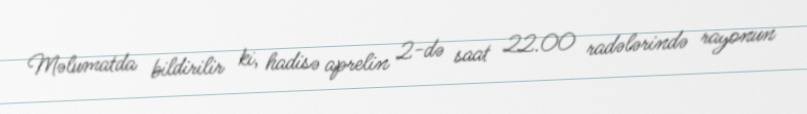
Məlumatda bildirilir ki, hadisə aprelin 2-də saat 22.00 radələrində rayonun